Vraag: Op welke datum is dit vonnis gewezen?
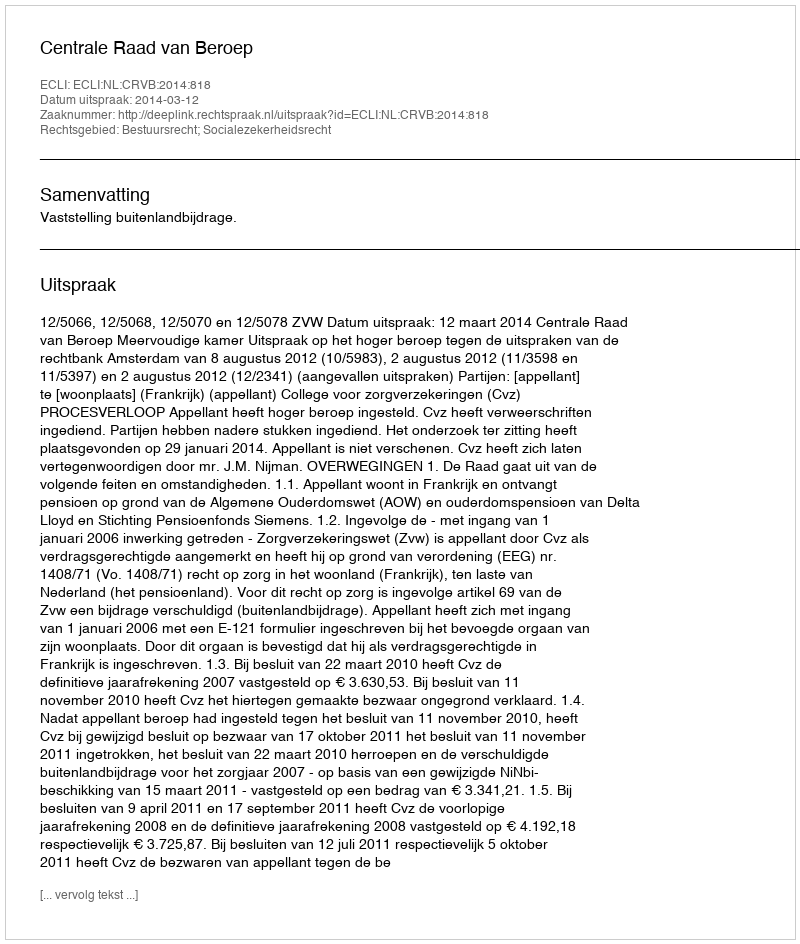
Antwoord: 2014-03-12